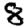
Digit: 8